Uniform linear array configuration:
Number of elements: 48
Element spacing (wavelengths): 0.75
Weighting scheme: kaiser
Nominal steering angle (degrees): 45
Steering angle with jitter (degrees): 45.328
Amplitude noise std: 0.05
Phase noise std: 0.05

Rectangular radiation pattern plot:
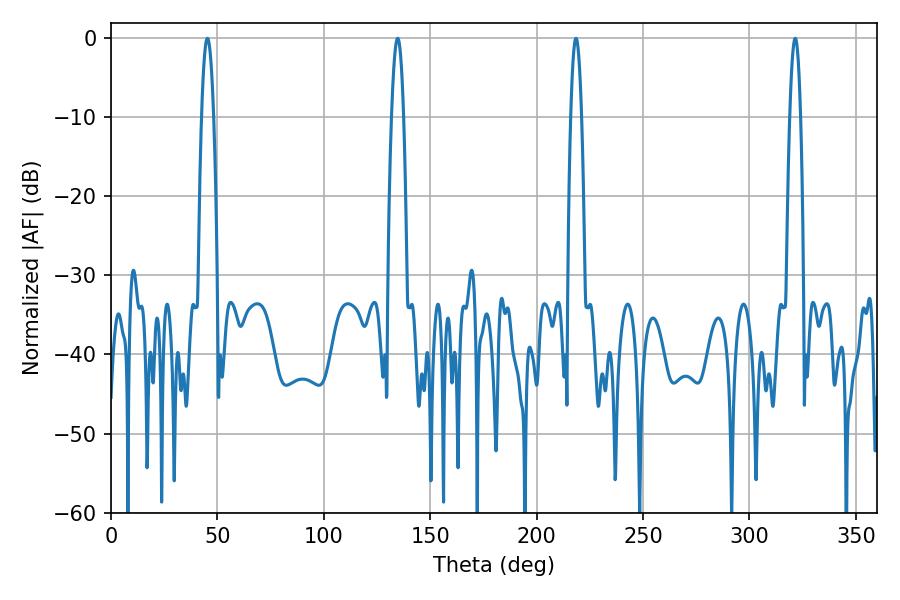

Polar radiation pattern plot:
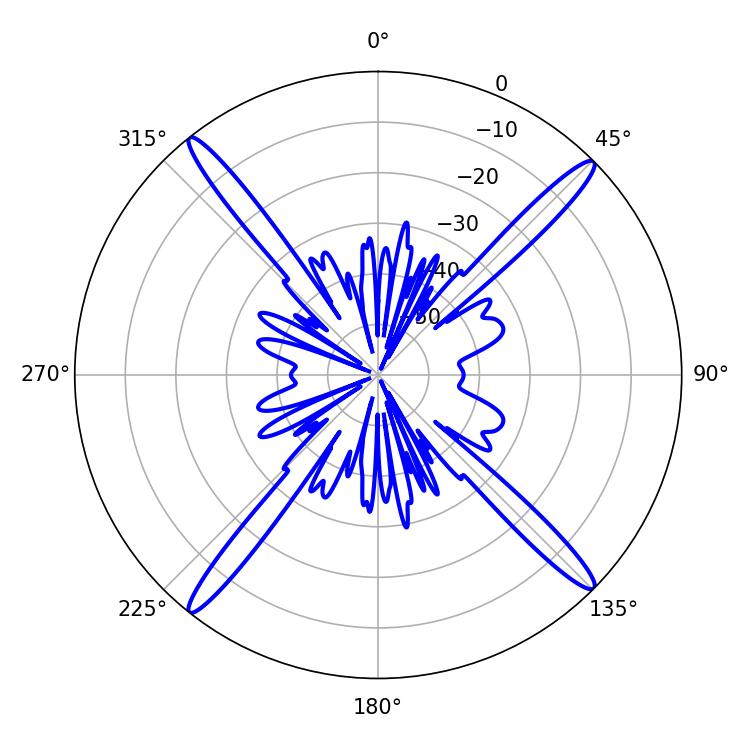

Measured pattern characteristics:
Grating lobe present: TRUE
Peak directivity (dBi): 20.433
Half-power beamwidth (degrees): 2.88
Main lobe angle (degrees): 218.52